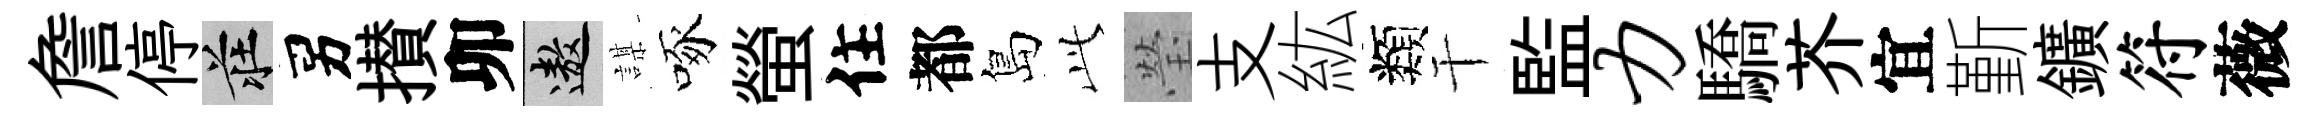
詹停莊男攅卯遨謀啄螢住都島𬼘瑩支紘類干監力驕芥宜斳鑛符薇